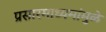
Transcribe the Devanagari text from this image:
प्रसारमाध्यमांमुळे